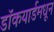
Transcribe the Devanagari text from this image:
डॉकयार्डमधून